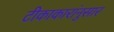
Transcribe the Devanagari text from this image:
टीकाकारांनुसार